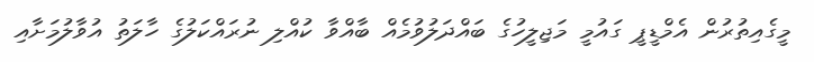
މީގެއިތުރުން އެމްޑީޕީ ގައުމީ މަޖިލީހުގެ ބައްދަލުވުމެއް ބާއްވާ ކުއްލި ނުރައްކަލުގެ ހާލަތު އުވާލުމަށާއި